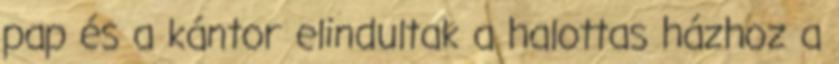
pap és a kántor elindultak a halottas házhoz a